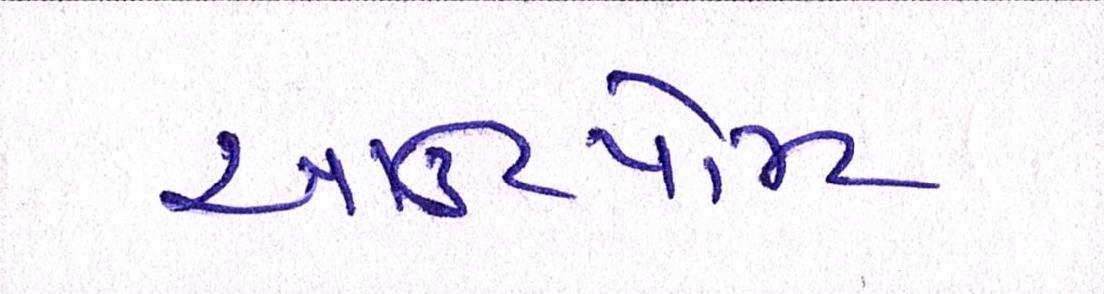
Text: આઉટપોસ્ટ